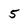
Character: 5